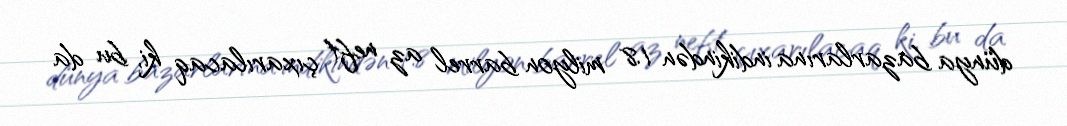
dünya bazarlarına indikindən 1.8 milyon barrel az neft çıxarılacaq ki, bu da